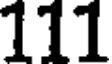
111